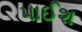
પાઈશ